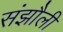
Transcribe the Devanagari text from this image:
संझौली